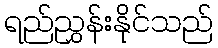
ရည်ညွှန်းနိုင်သည်